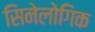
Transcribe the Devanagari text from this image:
सिनेलोगिक